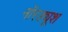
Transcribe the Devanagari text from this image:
नॉरड्यूश